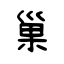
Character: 巢